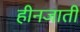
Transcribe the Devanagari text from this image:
हीनजाती